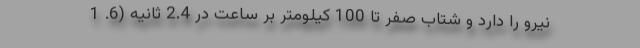
نیرو را دارد و شتاب صفر تا 100 کیلومتر بر ساعت در 2.4 ثانیه (6. 1